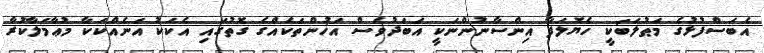
އެބަސްފުޅުގެ މަޠުލަބަކީ ހެޔޮލަފާ އިންސާނުންނަކީ އަބަދުވެސް އަޚުންތަކެއްގެ ގޮތުގައި އެކަކު އަނެއްކަކާ މުޢާމަލާކުރާ